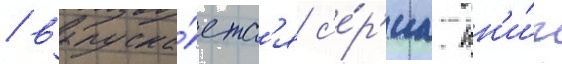
/ выпуска́етс'я с'е́р'иа кн'и́г